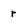
Character: r